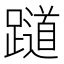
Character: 𬧖